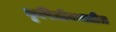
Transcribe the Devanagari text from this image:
कृषिजीवनातील